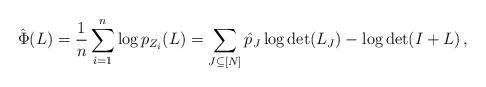
LaTeX: \begin{align*}\hat\Phi(L) = \frac{1}{n}\sum_{i=1}^n \log p_{Z_i}(L) = \sum_{J\subseteq [N]} \hat p_J\log\det(L_J) - \log\det(I+L)\,,\end{align*}